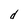
Character: d